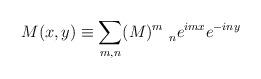
LaTeX: \begin{align*}M(x,y)\equiv \sum_{m,n}(M)_{\quad n}^{m}e^{imx}e^{-iny} \end{align*}